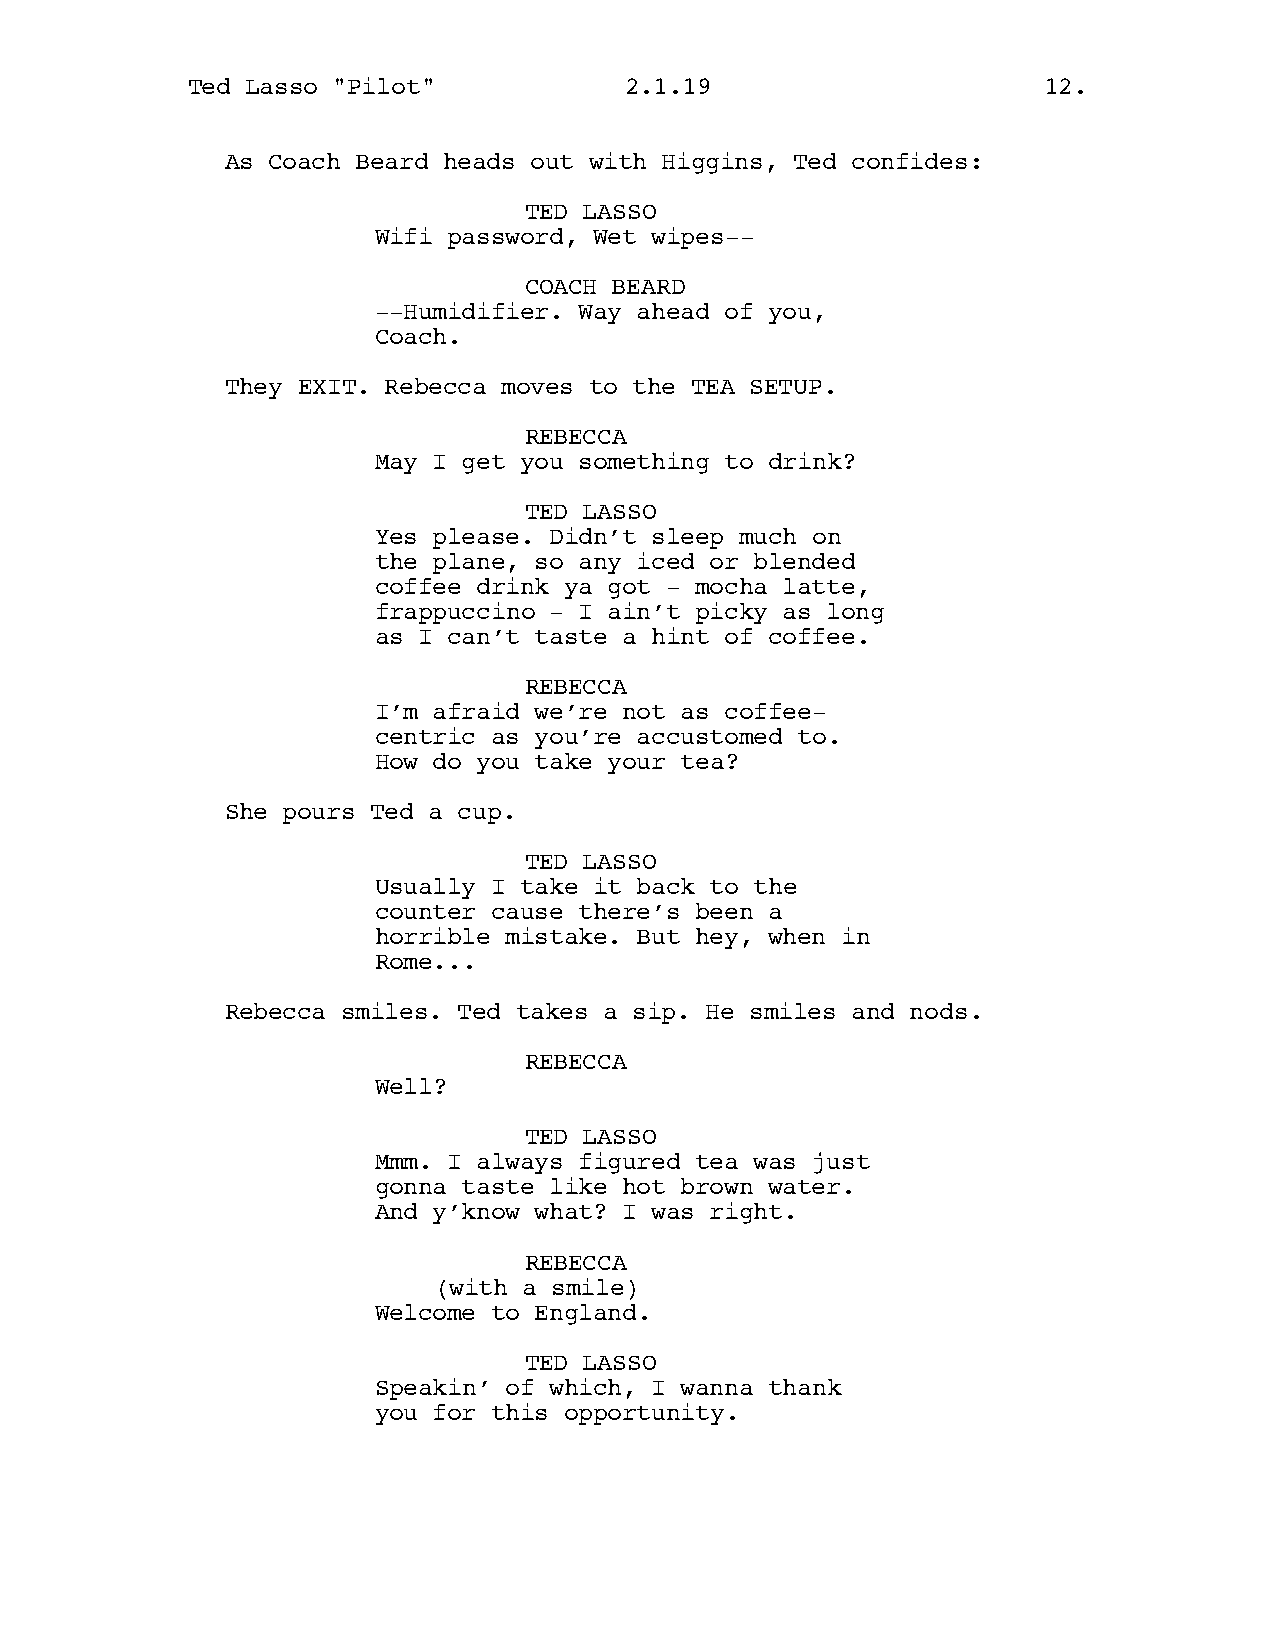
Ted Lasso "Pilot"            2.1.19                      12.
 As Coach Beard heads out with Higgins, Ted confides:
 TED LASSO
 Wifi password, Wet wipes--
 COACH BEARD
 --Humidifier. Way ahead of you,
 Coach.
 They EXIT. Rebecca moves to the TEA SETUP.
 REBECCA
 May I get you something to drink?
 TED LASSO
 Yes please. Didn’t sleep much on
 the plane, so any iced or blended
 coffee drink ya got - mocha latte,
 frappuccino - I ain’t picky as long
 as I can’t taste a hint of coffee.
 REBECCA
 I’m afraid we’re not as coffee-
 centric as you’re accustomed to.
 How do you take your tea?
 She pours Ted a cup.
 TED LASSO
 Usually I take it back to the
 counter cause there’s been a
 horrible mistake. But hey, when in
 Rome...
 Rebecca smiles. Ted takes a sip. He smiles and nods.
 REBECCA
 Well?
 TED LASSO
 Mmm. I always figured tea was just
 gonna taste like hot brown water.
 And y’know what? I was right.
 REBECCA
 (with a smile)
 Welcome to England.
 TED LASSO
 Speakin’ of which, I wanna thank
 you for this opportunity.